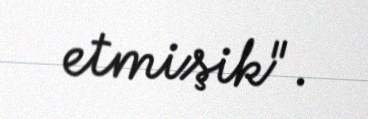
etmişik".